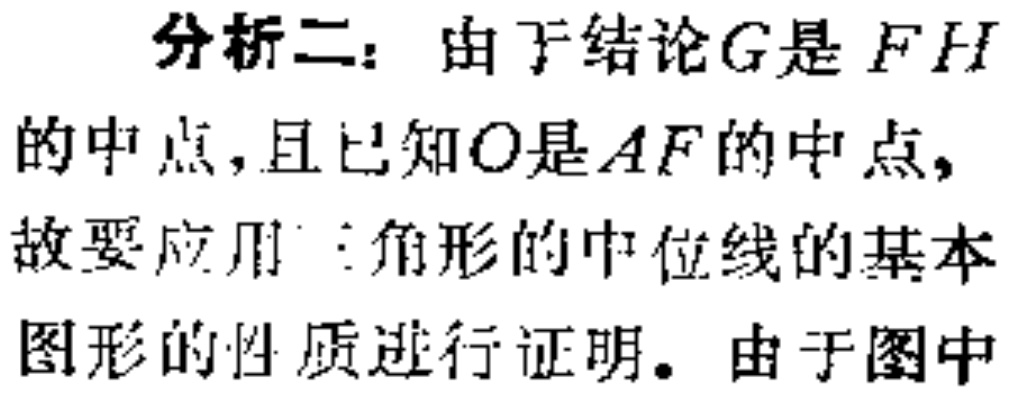
分析二：由于结论\(G\)是 \(FH\)的中点，且已知\(O\)是\(AF\)的中点，故要应用三角形的中位线的基本图形的性质进行证明。由于图中